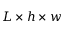
L \times h \times w